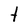
Character: t